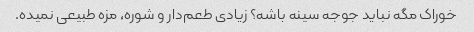
خوراک مگه نباید جوجه سینه باشه؟ زیادی طعم‌دار و شوره، مزه طبیعی نمیده.